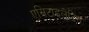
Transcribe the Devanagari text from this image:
एसिटाइलेटिंग